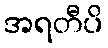
အရတီပိ